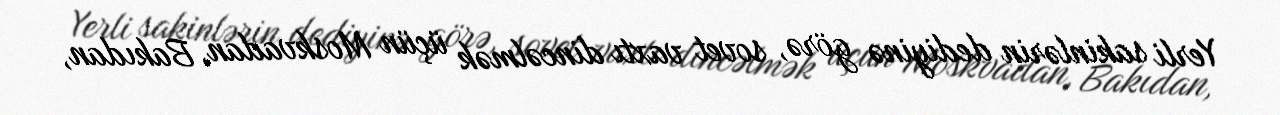
Yerli sakinlərin dediyinə görə, sovet vaxtı dincəlmək üçün Moskvadan, Bakıdan,